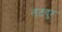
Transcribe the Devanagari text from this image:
तटदूर